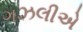
ગઝલીએ